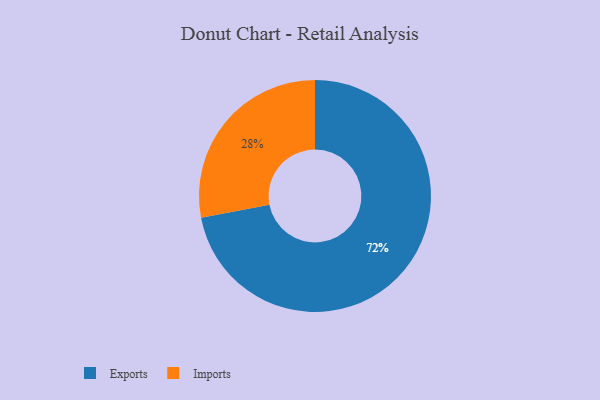
{"axis": {"x": "Category", "y": "Percentage"}, "legend": ["Exports", "Imports"], "data": [{"x": "Imports", "y": 28, "type": "Imports"}, {"x": "Exports", "y": 72, "type": "Exports"}]}